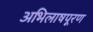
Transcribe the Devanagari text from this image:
अभिलाषपूरण